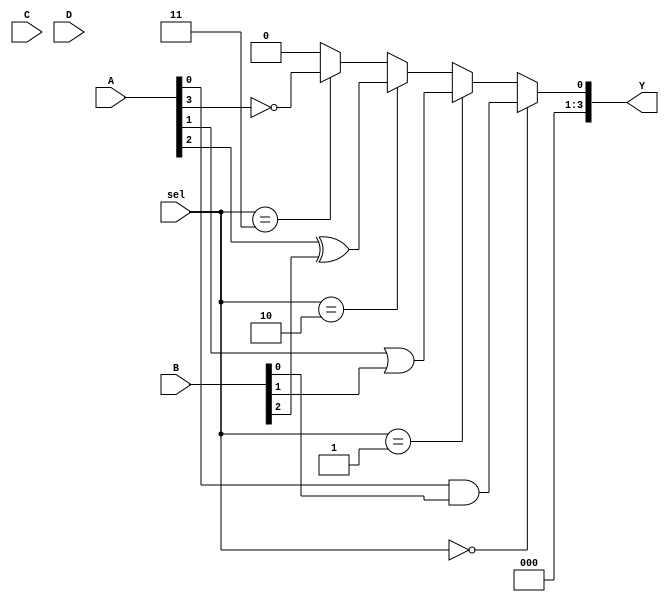
module CLB (
    input wire [3:0] A,  // 4-bit input
    input wire [3:0] B,  // 4-bit input
    input wire [3:0] C,  // 4-bit input
    input wire [3:0] D,  // 4-bit input
    input wire [3:0] sel, // Select lines for multiplexing
    output wire [3:0] Y   // 4-bit output
);

// Internal signals for logic cells
wire [3:0] logic_cell_out;

// Logic Cell 1: AND operation
assign logic_cell_out[0] = A[0] & B[0];

// Logic Cell 2: OR operation
assign logic_cell_out[1] = A[1] | B[1];

// Logic Cell 3: XOR operation
assign logic_cell_out[2] = A[2] ^ B[2];

// Logic Cell 4: NOT operation
assign logic_cell_out[3] = ~A[3];

// Interconnect Matrix (Multiplexer)
assign Y = (sel == 4'b0000) ? logic_cell_out[0] :
           (sel == 4'b0001) ? logic_cell_out[1] :
           (sel == 4'b0010) ? logic_cell_out[2] :
           (sel == 4'b0011) ? logic_cell_out[3] :
           1'b0; // Default case

endmodule